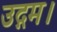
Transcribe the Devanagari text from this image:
उद्गम।